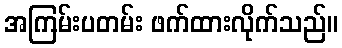
အကြမ်းပတမ်း ဖက်ထားလိုက်သည်။